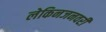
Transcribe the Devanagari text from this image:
लेकिनजनवरी